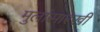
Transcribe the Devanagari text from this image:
मुलांसारखी